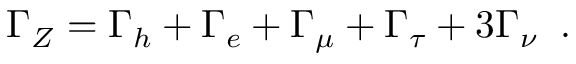
\Gamma _ { Z } = \Gamma _ { h } + \Gamma _ { e } + \Gamma _ { \mu } + \Gamma _ { \tau } + 3 \Gamma _ { \nu } \; \; .